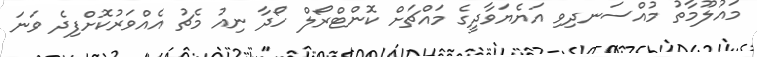
މައުލޫމާތު މުއްސަނދިވި އަޔެޔަވާދީގެ މައްޗަށް ކޮންޓްރޯލް ހޯދާ ނިއު މެޗު އެއްވަރުކޮށްފިދެ ވަނަ